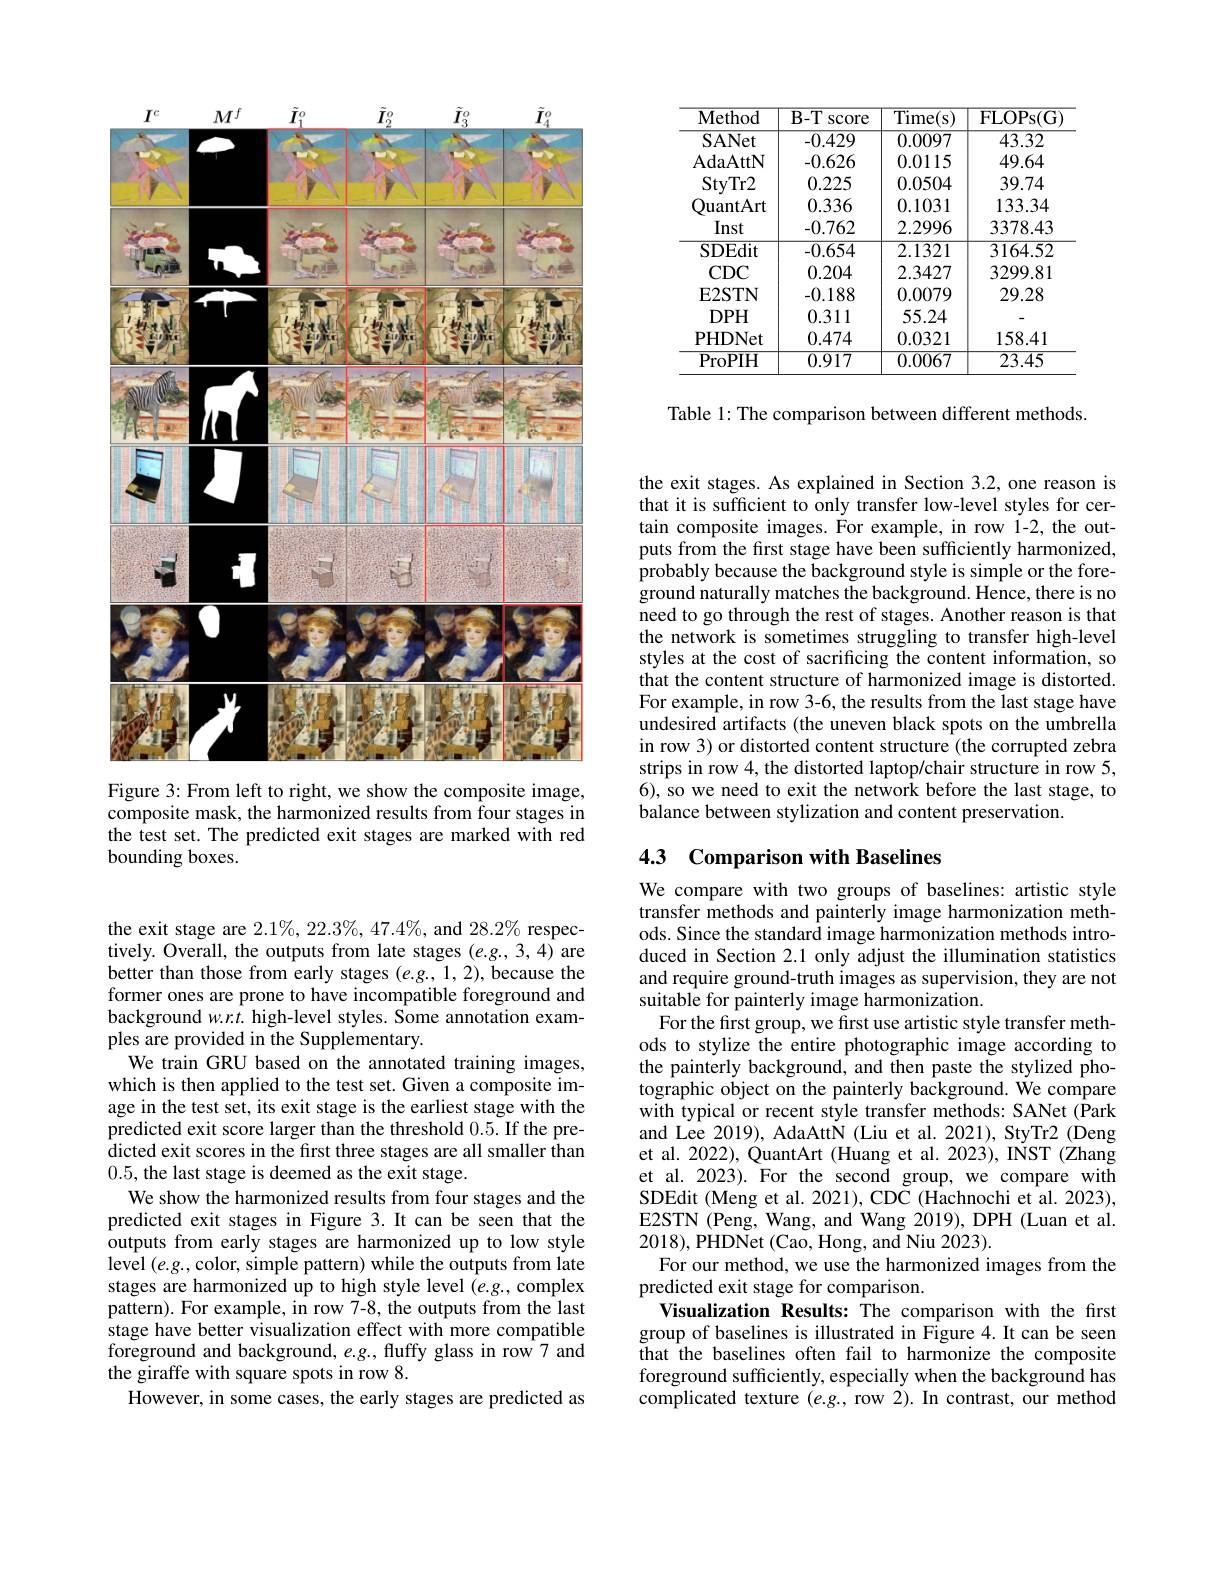
<table>
	<tbody>
		<tr>
			<th>Method</th>
			<th>$B-T$ SCOre</th>
			<th>$\overline{\mathrm{Time(s)}}$</th>
			<th>$\overline{{\mathrm{FLOPs}(\mathrm{G})}}$</th>
		</tr>
		<tr>
			<td>SANet</td>
			<td>-0.429</td>
			<td>0.0097</td>
			<td>43.32</td>
		</tr>
		<tr>
			<td>StyTr2</td>
			<td>0.225</td>
			<td>0.0504</td>
			<td>39.74</td>
		</tr>
		<tr>
			<td>${\mathrm{uantArt}}$</td>
			<td>0.336</td>
			<td>0.1031</td>
			<td>133.34</td>
		</tr>
		<tr>
			<td>Inst</td>
			<td>-0.762</td>
			<td>2.2996</td>
			<td>3378.43</td>
		</tr>
		<tr>
			<td>SDEdit</td>
			<td>-0.654</td>
			<td>2.1321</td>
			<td>3164.52</td>
		</tr>
		<tr>
			<td>CDC</td>
			<td>0.204</td>
			<td>2.3427</td>
			<td>3299.81</td>
		</tr>
		<tr>
			<td>$\mathbf{E2STN}$</td>
			<td>-0.188</td>
			<td>0.0079</td>
			<td>29.28</td>
		</tr>
		<tr>
			<td>$DPH$</td>
			<td>0.311</td>
			<td>55.24</td>
			<td> </td>
		</tr>
		<tr>
			<td>PHDNet</td>
			<td>0.474</td>
			<td>0.0321</td>
			<td>158.41</td>
		</tr>
		<tr>
			<td>ProPIH</td>
			<td>0.917</td>
			<td>0.0067</td>
			<td>23.45</td>
		</tr>
	</tbody>
</table>

Table 1: The comparison between different methods.

<FigureHere>
Figure 3: From left to right, we show the composite image,

composite mask, the harmonized results from four stages in the test set. The predicted exit stages are marked with red bounding boxes.

the exit stage are $2.1\%,22.3\%,47.4\%$, and $28.2\%$ respectively. Overall, the outputs from late stages (e.g.,3,4) are better than those from early stages $(e.g.,1,2)$, because the former ones are prone to have incompatible foreground and background $w.r.t.$ high-level styles. Some annotation examples are provided in the Supplementary.
We train GRU based on the annotated training images, which is then applied to the test set. Given a composite image in the test set, its exit stage is the earliest stage with the predicted exit score larger than the threshold 0.5. If the predicted exit scores in the first three stages are all smaller than 0.5, the last stage is deemed as the exit stage.
We show the harmonized results from four stages and the predicted exit stages in Figure 3.It can be seen that the outputs from early stages are harmonized up to low style level $(e.g.$,color, simple pattern) while the outputs from late stages are harmonized up to high style level $(e.g.$, complex pattern). For example, in row 7-8, the outputs from the last stage have better visualization effect with more compatible foreground and background, $e.g.$, fluffy glass in row 7 and the giraffe with square spots in row 8.
However, in some cases, the early stages are predicted as

the exit stages. As explained in Section 3.2, one reason is that it is sufficient to only transfer low-level styles for certain composite images. For example, in row 1-2, the outputs from the frst stage have been sufficiently harmonized, probably because the background style is simple or the foreground naturally matches the background. Hence, there is no need to go through the rest of stages. Another reason is that the network is sometimes struggling to transfer high-level styles at the cost of sacrificing the content information, so that the content structure of harmonized image is distorted. For example, in row 3-6, the results from the last stage have undesired artifacts (the uneven black spots on the umbrella in row 3) or distorted content structure (the corrupted zebra strips in row 4, the distorted laptop/chair structure in row 5, 6), so we need to exit the network before the last stage, to balance between stylization and content preservation.

# 4.3 Comparison with Baselines

We compare with two groups of baselines: artistic style transfer methods and painterly image harmonization methods. Since the standard image harmonization methods introduced in Section 2.1 only adjust the illumination statistics and require ground-truth images as supervision, they are not suitable for painterly image harmonization.
For the first group, we first use artistic style transfer methods to stylize the entire photographic image according to the painterly background, and then paste the stylized pho- $\hat{\text{tographic object on the painterly background. We compare}}$ with typical or recent style transfer methods: SANet ($\hat{\text{Park}}$ and Lee 2019), AdaAttN (Liu et al. 2021), StyTr2 (Deng et al. 2022), QuantArt (Huang et al. 2023), INST (Zhang et al. 2023). For the second group, we compare with SDEdit (Meng et al. 2021), CDC (Hachnochi et al. 2023), E2STN (Peng, Wang, and Wang 2019), DPH (Luan et al. 2018),PHDNet (Cao, Hong, and Niu 2023).
For our method, we use the harmonized images from the
predicted exit stage for comparison.
Visualization Results: The comparison with the first group of baselines is illustrated in Figure 4. It can be seen that the baselines often fail to harmonize the composite foreground sufficiently, especially when the background has complicated texture $(e.g.$, row 2).In contrast, our method